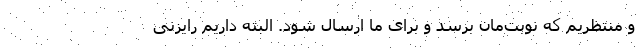
و منتظریم که نوبت‌مان برسد و برای ما ارسال شود. البته داریم رایزنی